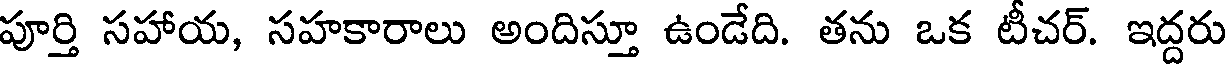
పూర్తి సహాయ, సహకారాలు అందిస్తూ ఉండేది. తను ఒక టీచర్. ఇద్దరు